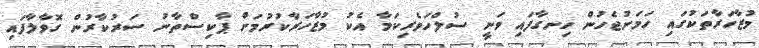
މުޒާހަރާތަކުގައި ހަމަނުޖެހުން ހިނގާފައި ވަނީ ސުލްހަވެރިކަމާ އެކު މުޒާހަރާކުރުމަށް ޕާކިސްތާނު ސަރުކާރުން ގޮވާލާފައި